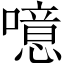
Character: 噫